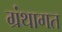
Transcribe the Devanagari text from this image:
ग्रंथागत